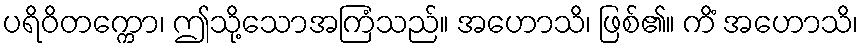
ပရိဝိတက္ကော၊ ဤသို့သောအကြံသည်။ အဟောသိ၊ ဖြစ်၏။ ကိံ အဟောသိ၊